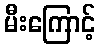
မီးကြောင့်